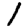
Digit: 1